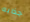
جذابه